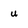
Character: u